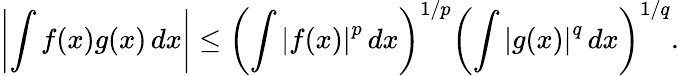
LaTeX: \left|\int f(x)g(x)\, dx\right|\leq\left(\int\left|f(x)\right|^{p}\, dx\right)^{1/p}\left(\int\left|g(x)\right|^{q}\, dx\right)^{1/q}.